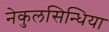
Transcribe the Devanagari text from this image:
नेकुलसिन्धिया